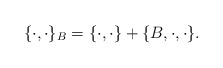
\begin{align*}\{\cdot,\cdot\}_B = \{\cdot,\cdot\} + \{B,\cdot,\cdot\}.\end{align*}